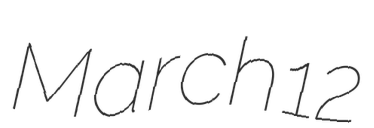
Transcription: March 12